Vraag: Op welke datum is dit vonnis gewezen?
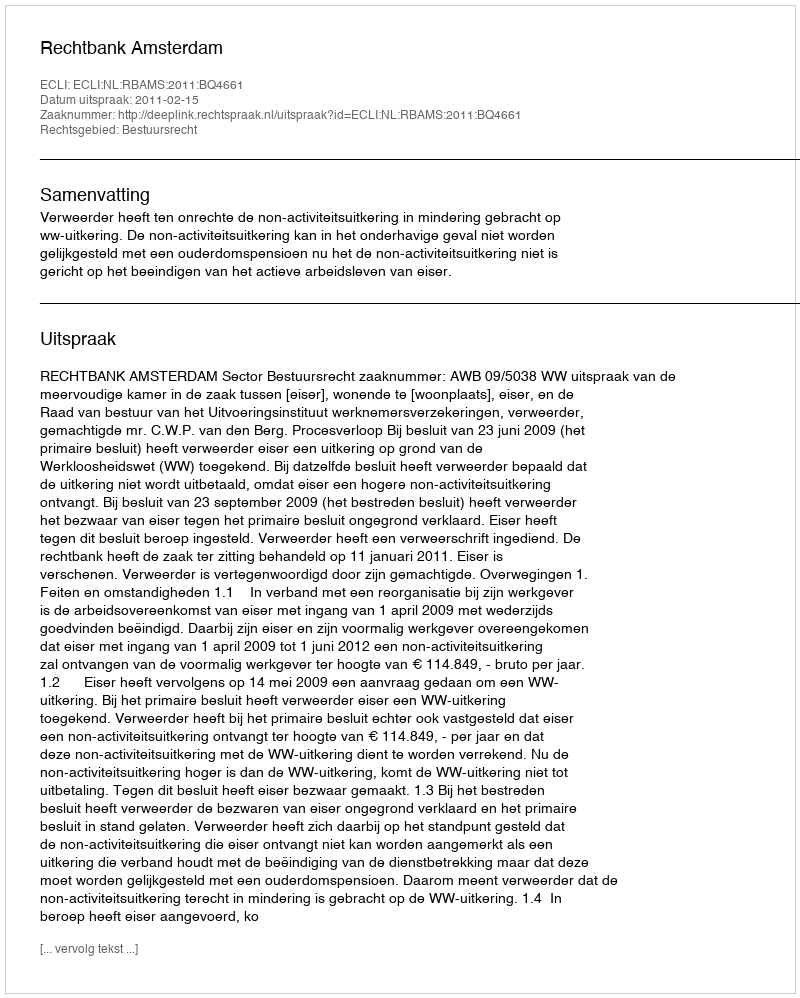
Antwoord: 2011-02-15